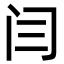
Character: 闫